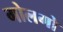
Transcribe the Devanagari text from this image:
गोलगो